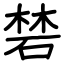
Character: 𥓙